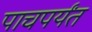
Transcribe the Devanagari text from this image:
पाचपर्यंत